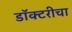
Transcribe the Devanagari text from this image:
डॉक्टरीचा